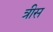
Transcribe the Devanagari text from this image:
त्रीस